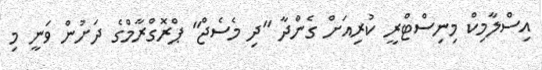
އިސްލާމިކް މިނިސްޓްރީ ކުރިއަށް ގެންދާ "ދި މެސެޖް" ޕްރޮގްރާމްގެ ދަށުން ވަނީ މި